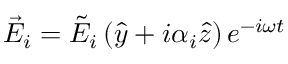
\vec { E } _ { i } = \Tilde { E } _ { i } \left( \hat { y } + i \alpha _ { i } \hat { z } \right) e ^ { - i \omega t }